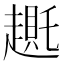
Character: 𬦛